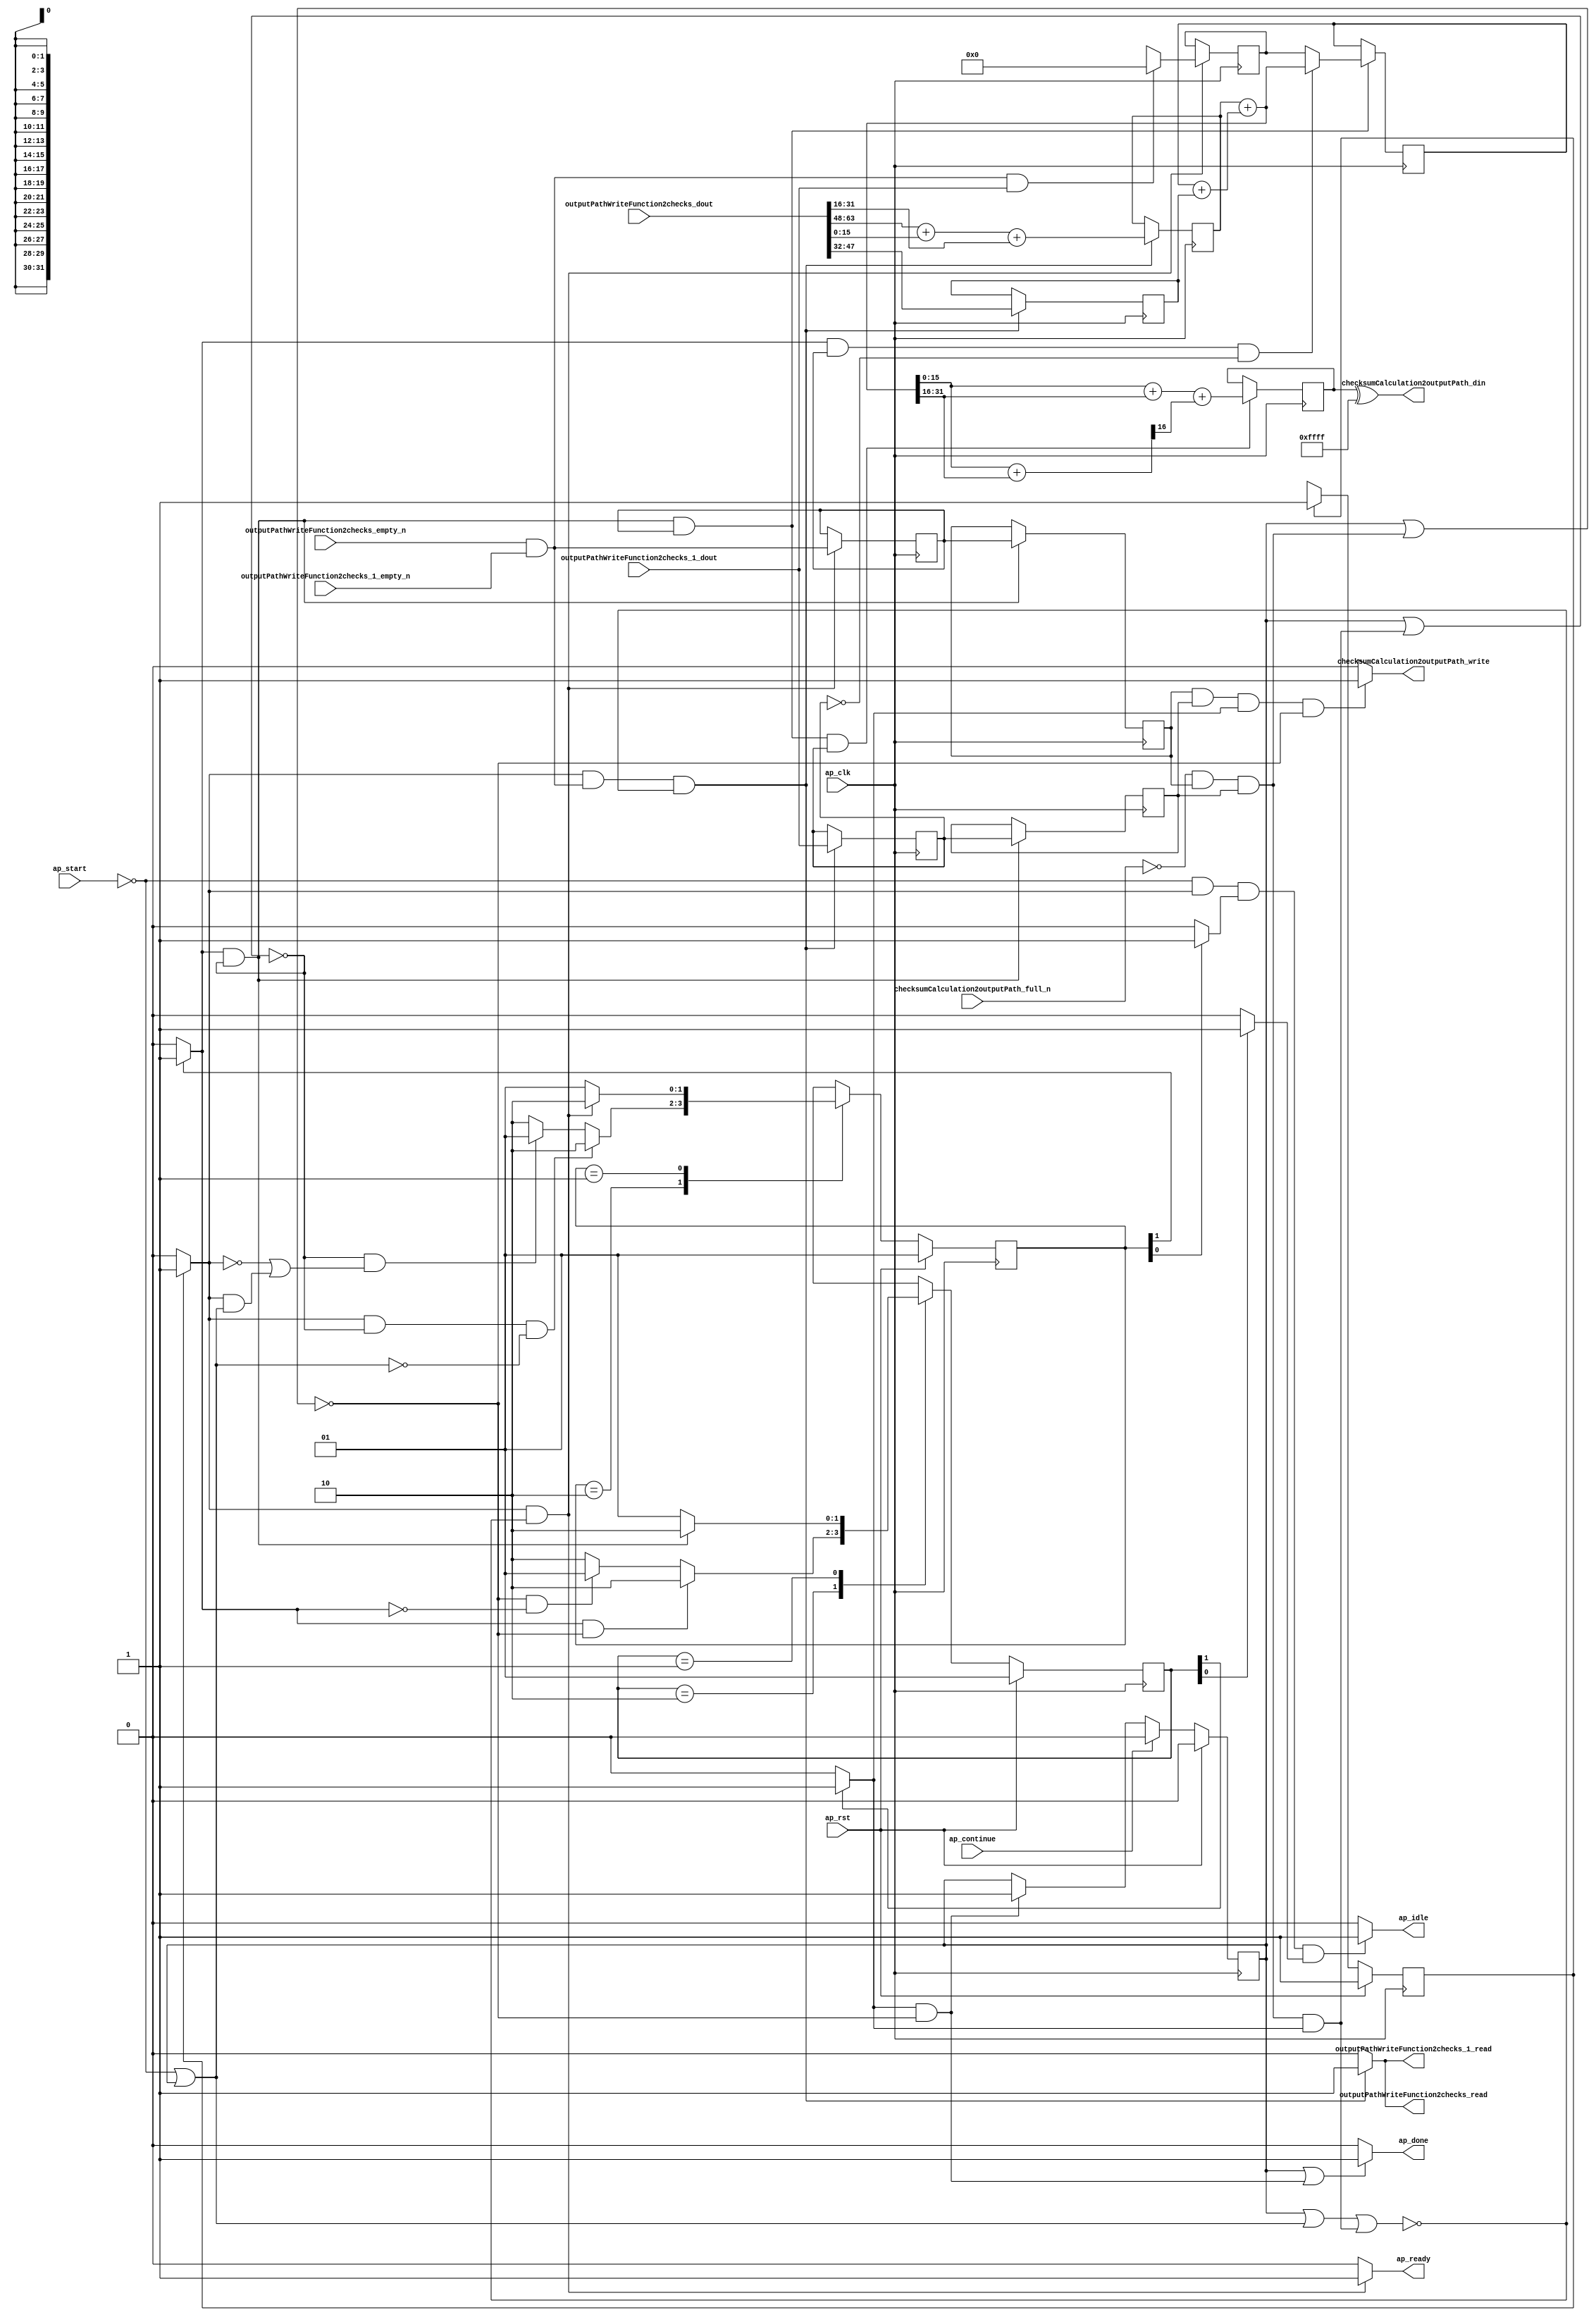
// This program was cloned from: https://github.com/mustafabbas/ECE1373_2016_hft_on_fpga
// License: MIT License

// ==============================================================
// RTL generated by Vivado(TM) HLS - High-Level Synthesis from C, C++ and SystemC
// Version: 2015.1
// Copyright (C) 2015 Xilinx Inc. All rights reserved.
// 
// ===========================================================

`timescale 1 ns / 1 ps 

module udp_udpChecksumCalculation (
        ap_clk,
        ap_rst,
        ap_start,
        ap_done,
        ap_continue,
        ap_idle,
        ap_ready,
        checksumCalculation2outputPath_din,
        checksumCalculation2outputPath_full_n,
        checksumCalculation2outputPath_write,
        outputPathWriteFunction2checks_dout,
        outputPathWriteFunction2checks_empty_n,
        outputPathWriteFunction2checks_read,
        outputPathWriteFunction2checks_1_dout,
        outputPathWriteFunction2checks_1_empty_n,
        outputPathWriteFunction2checks_1_read
);

parameter    ap_const_logic_1 = 1'b1;
parameter    ap_const_logic_0 = 1'b0;
parameter    ap_ST_st1_fsm0_0 = 1'b1;
parameter    ap_ST_st2_fsm1_1 = 2'b10;
parameter    ap_ST_st3_fsm2_1 = 2'b10;
parameter    ap_ST_st0_fsm1_0 = 2'b1;
parameter    ap_ST_st0_fsm2_0 = 2'b1;
parameter    ap_const_lv32_0 = 32'b00000000000000000000000000000000;
parameter    ap_const_lv1_1 = 1'b1;
parameter    ap_const_lv1_0 = 1'b0;
parameter    ap_const_lv32_1 = 32'b1;
parameter    ap_const_lv32_30 = 32'b110000;
parameter    ap_const_lv32_3F = 32'b111111;
parameter    ap_const_lv32_20 = 32'b100000;
parameter    ap_const_lv32_2F = 32'b101111;
parameter    ap_const_lv32_10 = 32'b10000;
parameter    ap_const_lv32_1F = 32'b11111;
parameter    ap_const_lv16_FFFF = 16'b1111111111111111;
parameter    ap_true = 1'b1;

input   ap_clk;
input   ap_rst;
input   ap_start;
output   ap_done;
input   ap_continue;
output   ap_idle;
output   ap_ready;
output  [15:0] checksumCalculation2outputPath_din;
input   checksumCalculation2outputPath_full_n;
output   checksumCalculation2outputPath_write;
input  [63:0] outputPathWriteFunction2checks_dout;
input   outputPathWriteFunction2checks_empty_n;
output   outputPathWriteFunction2checks_read;
input  [0:0] outputPathWriteFunction2checks_1_dout;
input   outputPathWriteFunction2checks_1_empty_n;
output   outputPathWriteFunction2checks_1_read;

reg ap_done;
reg ap_idle;
reg ap_ready;
reg checksumCalculation2outputPath_write;
reg    ap_done_reg = 1'b0;
(* fsm_encoding = "none" *) reg   [0:0] ap_CS_fsm0 = 1'b1;
reg    ap_sig_cseq_ST_st1_fsm0_0;
reg    ap_sig_bdd_26;
(* fsm_encoding = "none" *) reg   [1:0] ap_CS_fsm1 = 2'b1;
reg    ap_sig_cseq_ST_st0_fsm1_0;
reg    ap_sig_bdd_37;
(* fsm_encoding = "none" *) reg   [1:0] ap_CS_fsm2 = 2'b1;
reg    ap_sig_cseq_ST_st0_fsm2_0;
reg    ap_sig_bdd_45;
wire    outputPathWriteFunction2checks0_status;
wire   [0:0] tmp_nbreadreq_fu_58_p4;
reg    ap_sig_bdd_60;
reg    ap_sig_cseq_ST_st2_fsm1_1;
reg    ap_sig_bdd_66;
reg   [0:0] tmp_reg_256;
reg   [0:0] ap_reg_ppstg_tmp_reg_256_pp0_it1;
reg   [0:0] tmp_eop_V_reg_260;
reg   [0:0] ap_reg_ppstg_tmp_eop_V_reg_260_pp0_it1;
reg    ap_sig_bdd_83;
reg    ap_sig_cseq_ST_st3_fsm2_1;
reg    ap_sig_bdd_88;
reg   [31:0] udpChecksum_V_1 = 32'b00000000000000000000000000000000;
wire   [0:0] ap_reg_ppstg_tmp_reg_256_pp0_it0;
wire   [0:0] tmp_eop_V_fu_99_p1;
wire   [0:0] ap_reg_ppstg_tmp_eop_V_reg_260_pp0_it0;
reg   [15:0] p_Result_s_35_reg_264;
wire   [17:0] tmp4_fu_159_p2;
reg   [17:0] tmp4_reg_269;
wire   [15:0] tmp_53_fu_238_p2;
reg   [15:0] tmp_53_reg_274;
wire   [31:0] ap_reg_phiprechg_udpChecksum_V_1_new_reg_83pp0_it0;
reg   [31:0] ap_reg_phiprechg_udpChecksum_V_1_new_reg_83pp0_it1;
reg   [31:0] udpChecksum_V_1_new_phi_fu_87_p4;
wire   [31:0] tmp_51_fu_181_p2;
reg    outputPathWriteFunction2checks0_update;
wire   [15:0] p_Result_s_fu_103_p4;
wire   [15:0] p_Result_12_fu_127_p4;
wire   [15:0] tmp_97_fu_141_p1;
wire   [16:0] tmp_cast_fu_113_p1;
wire   [16:0] tmp_62_cast_fu_145_p1;
wire   [16:0] tmp5_fu_149_p2;
wire   [17:0] tmp5_cast_fu_155_p1;
wire   [17:0] tmp_61_cast_fu_137_p1;
wire   [31:0] tmp_s_fu_169_p1;
wire   [31:0] tmp4_cast_fu_178_p1;
wire   [31:0] tmp3_fu_172_p2;
wire   [15:0] tmp_98_fu_188_p1;
wire   [15:0] r_V_fu_196_p4;
wire   [16:0] tmp_73_cast_fu_192_p1;
wire   [16:0] r_V_cast_fu_206_p1;
wire   [15:0] tmp_99_fu_216_p1;
wire   [16:0] tmp_52_fu_210_p2;
wire   [0:0] tmp_101_fu_226_p3;
wire   [15:0] tmp_100_fu_220_p2;
wire   [15:0] r_V_5_fu_234_p1;
reg   [0:0] ap_NS_fsm0;
reg   [1:0] ap_NS_fsm1;
reg   [1:0] ap_NS_fsm2;
reg    ap_sig_bdd_138;
reg    ap_sig_bdd_95;




/// the current state (ap_CS_fsm0) of the state machine. ///
always @ (posedge ap_clk)
begin : ap_ret_ap_CS_fsm0
    if (ap_rst == 1'b1) begin
        ap_CS_fsm0 <= ap_ST_st1_fsm0_0;
    end else begin
        ap_CS_fsm0 <= ap_NS_fsm0;
    end
end

/// the current state (ap_CS_fsm1) of the state machine. ///
always @ (posedge ap_clk)
begin : ap_ret_ap_CS_fsm1
    if (ap_rst == 1'b1) begin
        ap_CS_fsm1 <= ap_ST_st0_fsm1_0;
    end else begin
        ap_CS_fsm1 <= ap_NS_fsm1;
    end
end

/// the current state (ap_CS_fsm2) of the state machine. ///
always @ (posedge ap_clk)
begin : ap_ret_ap_CS_fsm2
    if (ap_rst == 1'b1) begin
        ap_CS_fsm2 <= ap_ST_st0_fsm2_0;
    end else begin
        ap_CS_fsm2 <= ap_NS_fsm2;
    end
end

/// ap_done_reg assign process. ///
always @ (posedge ap_clk)
begin : ap_ret_ap_done_reg
    if (ap_rst == 1'b1) begin
        ap_done_reg <= ap_const_logic_0;
    end else begin
        if ((ap_const_logic_1 == ap_continue)) begin
            ap_done_reg <= ap_const_logic_0;
        end else if (((ap_const_logic_1 == ap_sig_cseq_ST_st3_fsm2_1) & ~((ap_done_reg == ap_const_logic_1) | ap_sig_bdd_83))) begin
            ap_done_reg <= ap_const_logic_1;
        end
    end
end

/// assign process. ///
always @(posedge ap_clk)
begin
    if (ap_sig_bdd_95) begin
        if (ap_sig_bdd_138) begin
            ap_reg_phiprechg_udpChecksum_V_1_new_reg_83pp0_it1 <= ap_const_lv32_0;
        end else if ((ap_true == ap_true)) begin
            ap_reg_phiprechg_udpChecksum_V_1_new_reg_83pp0_it1 <= ap_reg_phiprechg_udpChecksum_V_1_new_reg_83pp0_it0;
        end
    end
end

/// assign process. ///
always @(posedge ap_clk)
begin
    if (((ap_const_logic_1 == ap_sig_cseq_ST_st2_fsm1_1) & ~((ap_done_reg == ap_const_logic_1) | (ap_sig_bdd_83 & (ap_const_logic_1 == ap_sig_cseq_ST_st3_fsm2_1))))) begin
        ap_reg_ppstg_tmp_eop_V_reg_260_pp0_it1 <= tmp_eop_V_reg_260;
        ap_reg_ppstg_tmp_reg_256_pp0_it1 <= tmp_reg_256;
    end
end

/// assign process. ///
always @(posedge ap_clk)
begin
    if (((ap_const_logic_1 == ap_sig_cseq_ST_st1_fsm0_0) & ~(tmp_nbreadreq_fu_58_p4 == ap_const_lv1_0) & ~((ap_done_reg == ap_const_logic_1) | ap_sig_bdd_60 | (ap_sig_bdd_83 & (ap_const_logic_1 == ap_sig_cseq_ST_st3_fsm2_1))))) begin
        p_Result_s_35_reg_264 <= {{outputPathWriteFunction2checks_dout[ap_const_lv32_2F : ap_const_lv32_20]}};
        tmp4_reg_269 <= tmp4_fu_159_p2;
        tmp_eop_V_reg_260 <= outputPathWriteFunction2checks_1_dout;
    end
end

/// assign process. ///
always @(posedge ap_clk)
begin
    if (((ap_const_logic_1 == ap_sig_cseq_ST_st2_fsm1_1) & ~((ap_done_reg == ap_const_logic_1) | (ap_sig_bdd_83 & (ap_const_logic_1 == ap_sig_cseq_ST_st3_fsm2_1))) & ~(ap_const_lv1_0 == ap_reg_ppstg_tmp_reg_256_pp0_it0) & ~(ap_const_lv1_0 == ap_reg_ppstg_tmp_eop_V_reg_260_pp0_it0))) begin
        tmp_53_reg_274 <= tmp_53_fu_238_p2;
    end
end

/// assign process. ///
always @(posedge ap_clk)
begin
    if (((ap_const_logic_1 == ap_sig_cseq_ST_st1_fsm0_0) & ~((ap_done_reg == ap_const_logic_1) | ap_sig_bdd_60 | (ap_sig_bdd_83 & (ap_const_logic_1 == ap_sig_cseq_ST_st3_fsm2_1))))) begin
        tmp_reg_256 <= tmp_nbreadreq_fu_58_p4;
    end
end

/// assign process. ///
always @(posedge ap_clk)
begin
    if (((ap_const_logic_1 == ap_sig_cseq_ST_st2_fsm1_1) & ~((ap_done_reg == ap_const_logic_1) | (ap_sig_bdd_83 & (ap_const_logic_1 == ap_sig_cseq_ST_st3_fsm2_1))) & ~(ap_const_lv1_0 == ap_reg_ppstg_tmp_reg_256_pp0_it0))) begin
        udpChecksum_V_1 <= udpChecksum_V_1_new_phi_fu_87_p4;
    end
end

/// ap_done assign process. ///
always @ (ap_done_reg or ap_sig_bdd_83 or ap_sig_cseq_ST_st3_fsm2_1)
begin
    if (((ap_const_logic_1 == ap_done_reg) | ((ap_const_logic_1 == ap_sig_cseq_ST_st3_fsm2_1) & ~((ap_done_reg == ap_const_logic_1) | ap_sig_bdd_83)))) begin
        ap_done = ap_const_logic_1;
    end else begin
        ap_done = ap_const_logic_0;
    end
end

/// ap_idle assign process. ///
always @ (ap_start or ap_sig_cseq_ST_st1_fsm0_0 or ap_sig_cseq_ST_st0_fsm1_0 or ap_sig_cseq_ST_st0_fsm2_0)
begin
    if ((~(ap_const_logic_1 == ap_start) & (ap_const_logic_1 == ap_sig_cseq_ST_st1_fsm0_0) & (ap_const_logic_1 == ap_sig_cseq_ST_st0_fsm1_0) & (ap_const_logic_1 == ap_sig_cseq_ST_st0_fsm2_0))) begin
        ap_idle = ap_const_logic_1;
    end else begin
        ap_idle = ap_const_logic_0;
    end
end

/// ap_ready assign process. ///
always @ (ap_done_reg or ap_sig_cseq_ST_st1_fsm0_0 or ap_sig_bdd_60 or ap_sig_bdd_83 or ap_sig_cseq_ST_st3_fsm2_1)
begin
    if (((ap_const_logic_1 == ap_sig_cseq_ST_st1_fsm0_0) & ~((ap_done_reg == ap_const_logic_1) | ap_sig_bdd_60 | (ap_sig_bdd_83 & (ap_const_logic_1 == ap_sig_cseq_ST_st3_fsm2_1))))) begin
        ap_ready = ap_const_logic_1;
    end else begin
        ap_ready = ap_const_logic_0;
    end
end

/// ap_sig_cseq_ST_st0_fsm1_0 assign process. ///
always @ (ap_sig_bdd_37)
begin
    if (ap_sig_bdd_37) begin
        ap_sig_cseq_ST_st0_fsm1_0 = ap_const_logic_1;
    end else begin
        ap_sig_cseq_ST_st0_fsm1_0 = ap_const_logic_0;
    end
end

/// ap_sig_cseq_ST_st0_fsm2_0 assign process. ///
always @ (ap_sig_bdd_45)
begin
    if (ap_sig_bdd_45) begin
        ap_sig_cseq_ST_st0_fsm2_0 = ap_const_logic_1;
    end else begin
        ap_sig_cseq_ST_st0_fsm2_0 = ap_const_logic_0;
    end
end

/// ap_sig_cseq_ST_st1_fsm0_0 assign process. ///
always @ (ap_sig_bdd_26)
begin
    if (ap_sig_bdd_26) begin
        ap_sig_cseq_ST_st1_fsm0_0 = ap_const_logic_1;
    end else begin
        ap_sig_cseq_ST_st1_fsm0_0 = ap_const_logic_0;
    end
end

/// ap_sig_cseq_ST_st2_fsm1_1 assign process. ///
always @ (ap_sig_bdd_66)
begin
    if (ap_sig_bdd_66) begin
        ap_sig_cseq_ST_st2_fsm1_1 = ap_const_logic_1;
    end else begin
        ap_sig_cseq_ST_st2_fsm1_1 = ap_const_logic_0;
    end
end

/// ap_sig_cseq_ST_st3_fsm2_1 assign process. ///
always @ (ap_sig_bdd_88)
begin
    if (ap_sig_bdd_88) begin
        ap_sig_cseq_ST_st3_fsm2_1 = ap_const_logic_1;
    end else begin
        ap_sig_cseq_ST_st3_fsm2_1 = ap_const_logic_0;
    end
end

/// checksumCalculation2outputPath_write assign process. ///
always @ (ap_done_reg or ap_reg_ppstg_tmp_reg_256_pp0_it1 or ap_reg_ppstg_tmp_eop_V_reg_260_pp0_it1 or ap_sig_bdd_83 or ap_sig_cseq_ST_st3_fsm2_1)
begin
    if ((~(ap_const_lv1_0 == ap_reg_ppstg_tmp_reg_256_pp0_it1) & ~(ap_const_lv1_0 == ap_reg_ppstg_tmp_eop_V_reg_260_pp0_it1) & (ap_const_logic_1 == ap_sig_cseq_ST_st3_fsm2_1) & ~((ap_done_reg == ap_const_logic_1) | ap_sig_bdd_83))) begin
        checksumCalculation2outputPath_write = ap_const_logic_1;
    end else begin
        checksumCalculation2outputPath_write = ap_const_logic_0;
    end
end

/// outputPathWriteFunction2checks0_update assign process. ///
always @ (ap_done_reg or ap_sig_cseq_ST_st1_fsm0_0 or tmp_nbreadreq_fu_58_p4 or ap_sig_bdd_60 or ap_sig_bdd_83 or ap_sig_cseq_ST_st3_fsm2_1)
begin
    if (((ap_const_logic_1 == ap_sig_cseq_ST_st1_fsm0_0) & ~(tmp_nbreadreq_fu_58_p4 == ap_const_lv1_0) & ~((ap_done_reg == ap_const_logic_1) | ap_sig_bdd_60 | (ap_sig_bdd_83 & (ap_const_logic_1 == ap_sig_cseq_ST_st3_fsm2_1))))) begin
        outputPathWriteFunction2checks0_update = ap_const_logic_1;
    end else begin
        outputPathWriteFunction2checks0_update = ap_const_logic_0;
    end
end

/// udpChecksum_V_1_new_phi_fu_87_p4 assign process. ///
always @ (ap_sig_cseq_ST_st2_fsm1_1 or ap_reg_ppstg_tmp_reg_256_pp0_it0 or ap_reg_ppstg_tmp_eop_V_reg_260_pp0_it0 or ap_reg_phiprechg_udpChecksum_V_1_new_reg_83pp0_it1 or tmp_51_fu_181_p2)
begin
    if (((ap_const_logic_1 == ap_sig_cseq_ST_st2_fsm1_1) & ~(ap_const_lv1_0 == ap_reg_ppstg_tmp_reg_256_pp0_it0) & (ap_const_lv1_0 == ap_reg_ppstg_tmp_eop_V_reg_260_pp0_it0))) begin
        udpChecksum_V_1_new_phi_fu_87_p4 = tmp_51_fu_181_p2;
    end else begin
        udpChecksum_V_1_new_phi_fu_87_p4 = ap_reg_phiprechg_udpChecksum_V_1_new_reg_83pp0_it1;
    end
end
/// the next state (ap_NS_fsm2) of the state machine. ///
always @ (ap_done_reg or ap_CS_fsm2 or ap_sig_cseq_ST_st2_fsm1_1 or ap_sig_bdd_83 or ap_sig_cseq_ST_st3_fsm2_1)
begin
    case (ap_CS_fsm2)
        ap_ST_st3_fsm2_1 : 
        begin
            if (((ap_const_logic_1 == ap_sig_cseq_ST_st2_fsm1_1) & ~((ap_done_reg == ap_const_logic_1) | ap_sig_bdd_83))) begin
                ap_NS_fsm2 = ap_ST_st3_fsm2_1;
            end else if ((~((ap_done_reg == ap_const_logic_1) | ap_sig_bdd_83) & ~(ap_const_logic_1 == ap_sig_cseq_ST_st2_fsm1_1))) begin
                ap_NS_fsm2 = ap_ST_st0_fsm2_0;
            end else begin
                ap_NS_fsm2 = ap_ST_st3_fsm2_1;
            end
        end
        ap_ST_st0_fsm2_0 : 
        begin
            if (((ap_const_logic_1 == ap_sig_cseq_ST_st2_fsm1_1) & ~((ap_done_reg == ap_const_logic_1) | (ap_sig_bdd_83 & (ap_const_logic_1 == ap_sig_cseq_ST_st3_fsm2_1))))) begin
                ap_NS_fsm2 = ap_ST_st3_fsm2_1;
            end else begin
                ap_NS_fsm2 = ap_ST_st0_fsm2_0;
            end
        end
        default : 
        begin
            ap_NS_fsm2 = 'bx;
        end
    endcase
end

/// the next state (ap_NS_fsm0) of the state machine. ///
always @ (ap_done_reg or ap_CS_fsm0 or ap_sig_bdd_60 or ap_sig_bdd_83 or ap_sig_cseq_ST_st3_fsm2_1)
begin
    case (ap_CS_fsm0)
        ap_ST_st1_fsm0_0 : 
        begin
            ap_NS_fsm0 = ap_ST_st1_fsm0_0;
        end
        default : 
        begin
            ap_NS_fsm0 = 'bx;
        end
    endcase
end

/// the next state (ap_NS_fsm1) of the state machine. ///
always @ (ap_done_reg or ap_sig_cseq_ST_st1_fsm0_0 or ap_CS_fsm1 or ap_sig_bdd_60 or ap_sig_bdd_83 or ap_sig_cseq_ST_st3_fsm2_1)
begin
    case (ap_CS_fsm1)
        ap_ST_st2_fsm1_1 : 
        begin
            if (((ap_const_logic_1 == ap_sig_cseq_ST_st1_fsm0_0) & ~((ap_done_reg == ap_const_logic_1) | (ap_sig_bdd_83 & (ap_const_logic_1 == ap_sig_cseq_ST_st3_fsm2_1))) & ~ap_sig_bdd_60)) begin
                ap_NS_fsm1 = ap_ST_st2_fsm1_1;
            end else if ((~((ap_done_reg == ap_const_logic_1) | (ap_sig_bdd_83 & (ap_const_logic_1 == ap_sig_cseq_ST_st3_fsm2_1))) & (~(ap_const_logic_1 == ap_sig_cseq_ST_st1_fsm0_0) | ((ap_const_logic_1 == ap_sig_cseq_ST_st1_fsm0_0) & ap_sig_bdd_60)))) begin
                ap_NS_fsm1 = ap_ST_st0_fsm1_0;
            end else begin
                ap_NS_fsm1 = ap_ST_st2_fsm1_1;
            end
        end
        ap_ST_st0_fsm1_0 : 
        begin
            if (((ap_const_logic_1 == ap_sig_cseq_ST_st1_fsm0_0) & ~((ap_done_reg == ap_const_logic_1) | ap_sig_bdd_60 | (ap_sig_bdd_83 & (ap_const_logic_1 == ap_sig_cseq_ST_st3_fsm2_1))))) begin
                ap_NS_fsm1 = ap_ST_st2_fsm1_1;
            end else begin
                ap_NS_fsm1 = ap_ST_st0_fsm1_0;
            end
        end
        default : 
        begin
            ap_NS_fsm1 = 'bx;
        end
    endcase
end

assign ap_reg_phiprechg_udpChecksum_V_1_new_reg_83pp0_it0 = 'bx;
assign ap_reg_ppstg_tmp_eop_V_reg_260_pp0_it0 = tmp_eop_V_reg_260;
assign ap_reg_ppstg_tmp_reg_256_pp0_it0 = tmp_reg_256;

/// ap_sig_bdd_138 assign process. ///
always @ (tmp_nbreadreq_fu_58_p4 or tmp_eop_V_fu_99_p1)
begin
    ap_sig_bdd_138 = (~(tmp_nbreadreq_fu_58_p4 == ap_const_lv1_0) & ~(ap_const_lv1_0 == tmp_eop_V_fu_99_p1));
end

/// ap_sig_bdd_26 assign process. ///
always @ (ap_CS_fsm0)
begin
    ap_sig_bdd_26 = (ap_CS_fsm0[ap_const_lv32_0] == ap_const_lv1_1);
end

/// ap_sig_bdd_37 assign process. ///
always @ (ap_CS_fsm1)
begin
    ap_sig_bdd_37 = (ap_const_lv1_1 == ap_CS_fsm1[ap_const_lv32_0]);
end

/// ap_sig_bdd_45 assign process. ///
always @ (ap_CS_fsm2)
begin
    ap_sig_bdd_45 = (ap_const_lv1_1 == ap_CS_fsm2[ap_const_lv32_0]);
end

/// ap_sig_bdd_60 assign process. ///
always @ (ap_start or ap_done_reg or outputPathWriteFunction2checks0_status or tmp_nbreadreq_fu_58_p4)
begin
    ap_sig_bdd_60 = (((outputPathWriteFunction2checks0_status == ap_const_logic_0) & ~(tmp_nbreadreq_fu_58_p4 == ap_const_lv1_0)) | (ap_start == ap_const_logic_0) | (ap_done_reg == ap_const_logic_1));
end

/// ap_sig_bdd_66 assign process. ///
always @ (ap_CS_fsm1)
begin
    ap_sig_bdd_66 = (ap_const_lv1_1 == ap_CS_fsm1[ap_const_lv32_1]);
end

/// ap_sig_bdd_83 assign process. ///
always @ (checksumCalculation2outputPath_full_n or ap_reg_ppstg_tmp_reg_256_pp0_it1 or ap_reg_ppstg_tmp_eop_V_reg_260_pp0_it1)
begin
    ap_sig_bdd_83 = ((checksumCalculation2outputPath_full_n == ap_const_logic_0) & ~(ap_const_lv1_0 == ap_reg_ppstg_tmp_reg_256_pp0_it1) & ~(ap_const_lv1_0 == ap_reg_ppstg_tmp_eop_V_reg_260_pp0_it1));
end

/// ap_sig_bdd_88 assign process. ///
always @ (ap_CS_fsm2)
begin
    ap_sig_bdd_88 = (ap_const_lv1_1 == ap_CS_fsm2[ap_const_lv32_1]);
end

/// ap_sig_bdd_95 assign process. ///
always @ (ap_done_reg or ap_sig_cseq_ST_st1_fsm0_0 or ap_sig_bdd_60 or ap_sig_bdd_83 or ap_sig_cseq_ST_st3_fsm2_1)
begin
    ap_sig_bdd_95 = ((ap_const_logic_1 == ap_sig_cseq_ST_st1_fsm0_0) & ~((ap_done_reg == ap_const_logic_1) | ap_sig_bdd_60 | (ap_sig_bdd_83 & (ap_const_logic_1 == ap_sig_cseq_ST_st3_fsm2_1))));
end
assign checksumCalculation2outputPath_din = (tmp_53_reg_274 ^ ap_const_lv16_FFFF);
assign outputPathWriteFunction2checks0_status = (outputPathWriteFunction2checks_empty_n & outputPathWriteFunction2checks_1_empty_n);
assign outputPathWriteFunction2checks_1_read = outputPathWriteFunction2checks0_update;
assign outputPathWriteFunction2checks_read = outputPathWriteFunction2checks0_update;
assign p_Result_12_fu_127_p4 = {{outputPathWriteFunction2checks_dout[ap_const_lv32_1F : ap_const_lv32_10]}};
assign p_Result_s_fu_103_p4 = {{outputPathWriteFunction2checks_dout[ap_const_lv32_3F : ap_const_lv32_30]}};
assign r_V_5_fu_234_p1 = tmp_101_fu_226_p3;
assign r_V_cast_fu_206_p1 = r_V_fu_196_p4;
assign r_V_fu_196_p4 = {{tmp_51_fu_181_p2[ap_const_lv32_1F : ap_const_lv32_10]}};
assign tmp3_fu_172_p2 = (udpChecksum_V_1 + tmp_s_fu_169_p1);
assign tmp4_cast_fu_178_p1 = tmp4_reg_269;
assign tmp4_fu_159_p2 = (tmp5_cast_fu_155_p1 + tmp_61_cast_fu_137_p1);
assign tmp5_cast_fu_155_p1 = tmp5_fu_149_p2;
assign tmp5_fu_149_p2 = (tmp_cast_fu_113_p1 + tmp_62_cast_fu_145_p1);
assign tmp_100_fu_220_p2 = (tmp_99_fu_216_p1 + r_V_fu_196_p4);
assign tmp_101_fu_226_p3 = tmp_52_fu_210_p2[ap_const_lv32_10];
assign tmp_51_fu_181_p2 = (tmp4_cast_fu_178_p1 + tmp3_fu_172_p2);
assign tmp_52_fu_210_p2 = (tmp_73_cast_fu_192_p1 + r_V_cast_fu_206_p1);
assign tmp_53_fu_238_p2 = (tmp_100_fu_220_p2 + r_V_5_fu_234_p1);
assign tmp_61_cast_fu_137_p1 = p_Result_12_fu_127_p4;
assign tmp_62_cast_fu_145_p1 = tmp_97_fu_141_p1;
assign tmp_73_cast_fu_192_p1 = tmp_98_fu_188_p1;
assign tmp_97_fu_141_p1 = outputPathWriteFunction2checks_dout[15:0];
assign tmp_98_fu_188_p1 = tmp_51_fu_181_p2[15:0];
assign tmp_99_fu_216_p1 = tmp_51_fu_181_p2[15:0];
assign tmp_cast_fu_113_p1 = p_Result_s_fu_103_p4;
assign tmp_eop_V_fu_99_p1 = outputPathWriteFunction2checks_1_dout;
assign tmp_nbreadreq_fu_58_p4 = (outputPathWriteFunction2checks_empty_n & outputPathWriteFunction2checks_1_empty_n);
assign tmp_s_fu_169_p1 = p_Result_s_35_reg_264;


endmodule //udp_udpChecksumCalculation